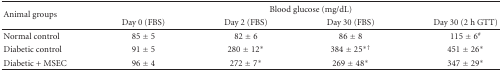
| <ROWSPAN=2> Animal groups | <COLSPAN=4> Blood glucose (mg/dL) |
 | Day 0 (FBS) | Day 2 (FBS) | Day 30 (FBS) | Day 30 (2 h GTT) |
 | --- | --- | --- | --- | --- |
 | Normal control | 85 ± 5 | 82 ± 6 | 86 ± 8 | 115 ± 6# |
 | Diabetic control | 91 ± 5 | 280 ± 12* | 384 ± 25∗† | 451 ± 26* |
 | Diabetic + MSEC | 96 ± 4 | 272 ± 7* | 269 ± 48* | 347 ± 29* |